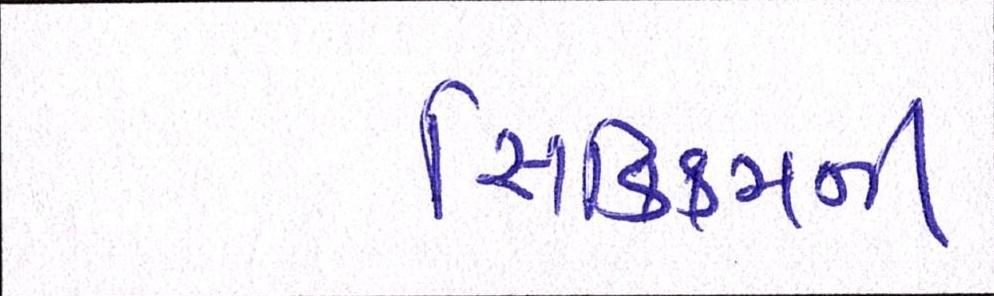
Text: સિક્કિમની